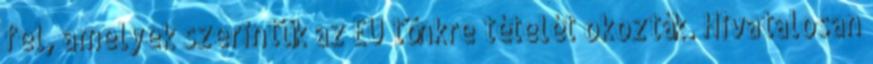
fel, amelyek szerintük az EU tönkre tételét okozták. Hivatalosan